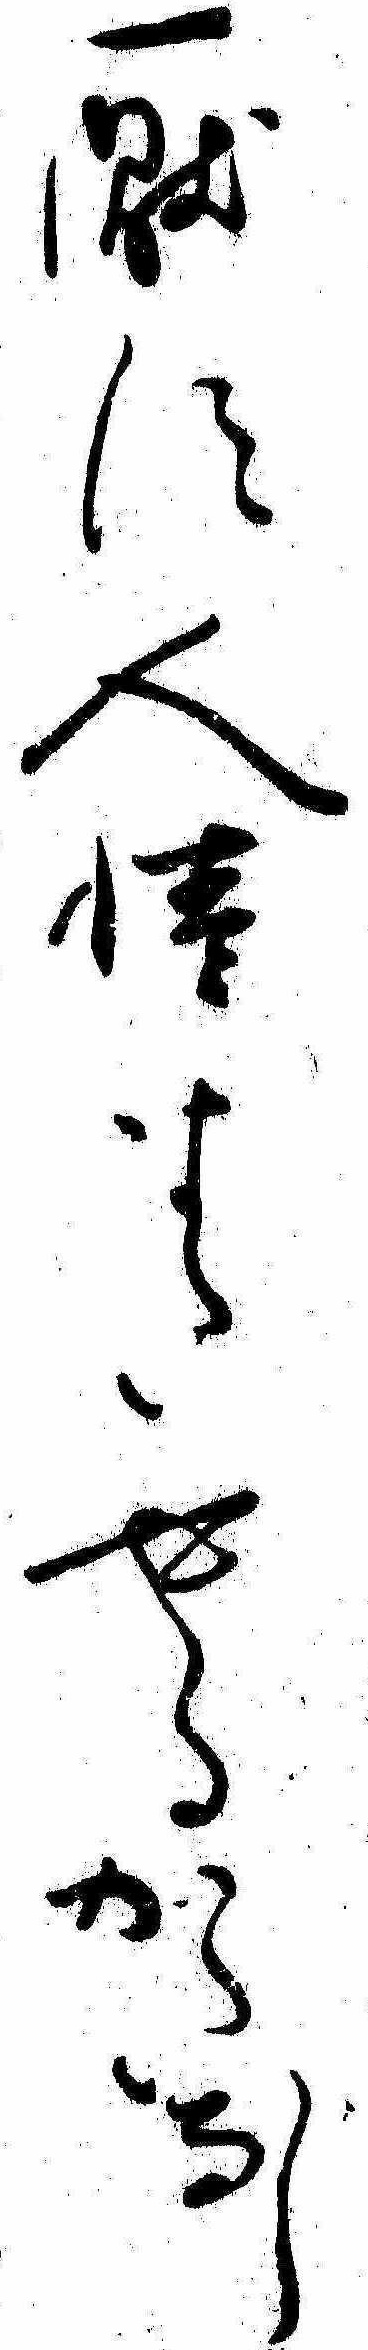
厭す人情またやるかたなし